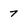
Character: 7